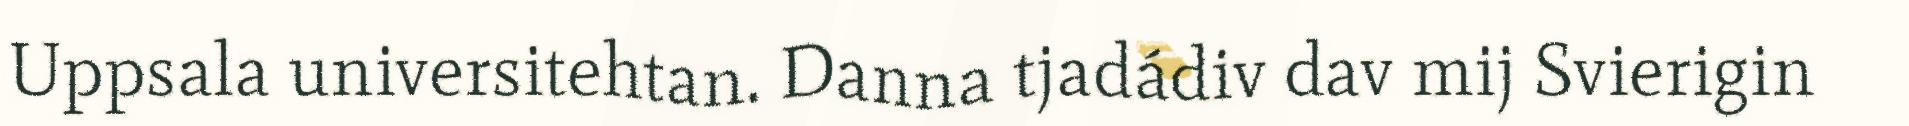
Uppsala universitehtan. Danna tjadádiv dav mij Svierigin